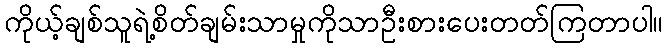
ကိုယ့်ချစ်သူရဲ့စိတ်ချမ်းသာမှုကိုသာဦးစားပေးတတ်ကြတာပါ။